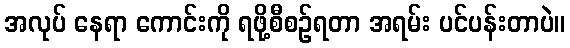
အလုပ် နေရာ ကောင်းကို ရဖို့စီစဉ်ရတာ အရမ်း ပင်ပန်းတာပဲ။